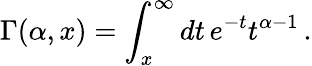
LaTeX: \Gamma(\alpha,x)=\int_{x}^{\infty}dt\, e^{-t}t^{\alpha-1}\, .